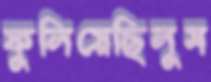
ফুলিয়েছিলুম